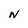
Character: N